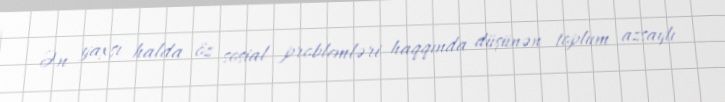
Ən yaxşı halda öz sosial problemləri haqqında düşünən toplum azsaylı